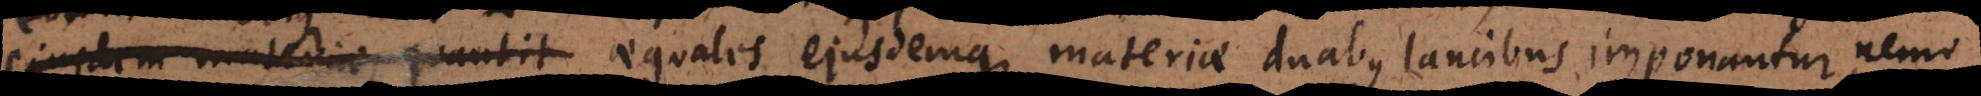
nati aequales ejusdemque materiae duabus lancibus imponantur, nemo